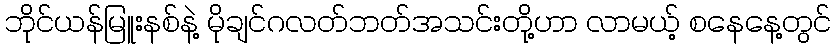
ဘိုင်ယန်မြူးနစ်နဲ့ မိုချင်ဂလတ်ဘတ်အသင်းတို့ဟာ လာမယ့် စနေနေ့တွင်